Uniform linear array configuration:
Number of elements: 48
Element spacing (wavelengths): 0.5
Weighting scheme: blackman
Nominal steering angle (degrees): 45
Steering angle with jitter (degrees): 46.989
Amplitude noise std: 0.05
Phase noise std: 0.05

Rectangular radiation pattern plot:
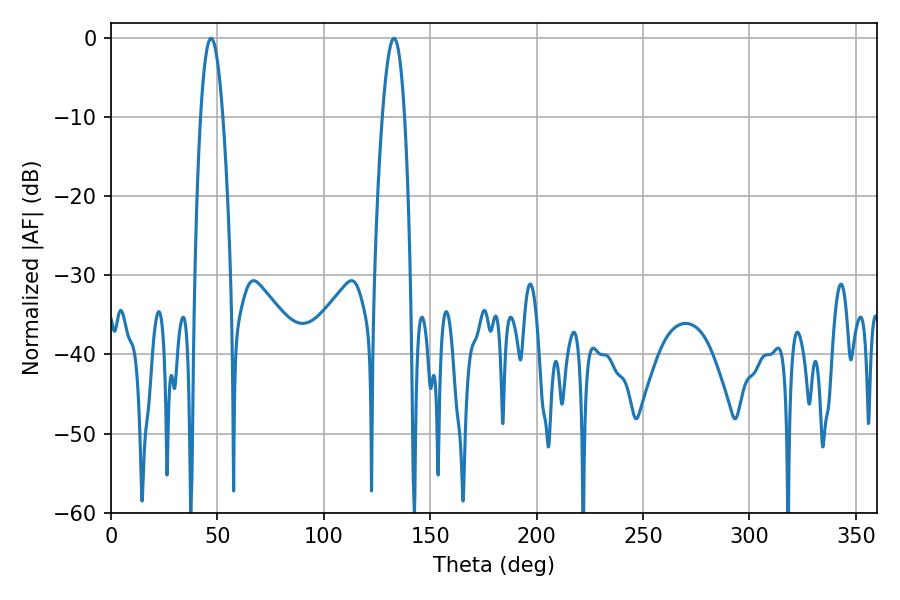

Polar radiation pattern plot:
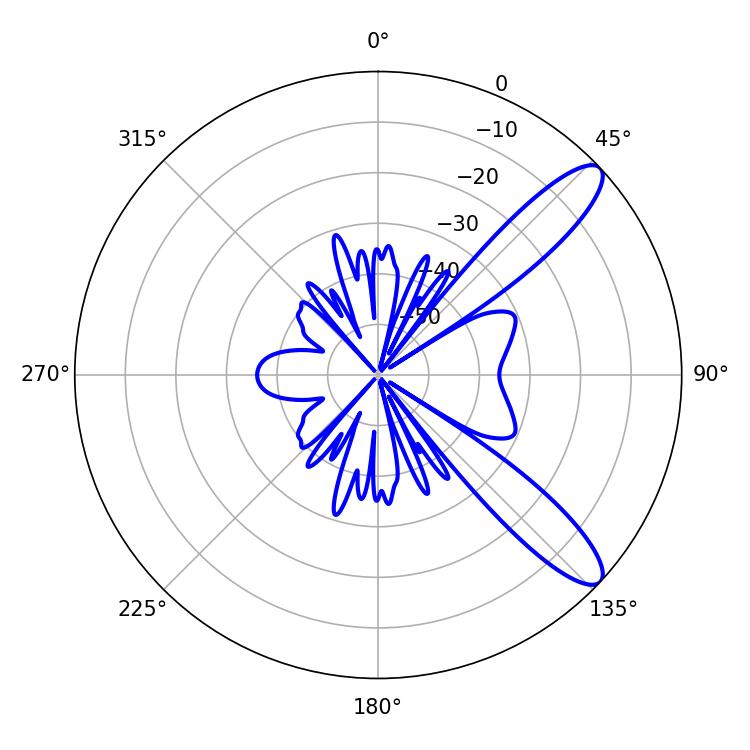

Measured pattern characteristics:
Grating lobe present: FALSE
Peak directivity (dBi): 10.992
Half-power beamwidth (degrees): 5.76
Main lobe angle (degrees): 46.98